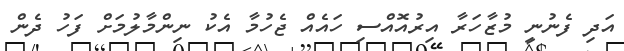
އަދި ފެނުނީ މުޒާހަރާ އިރުއޮއްސި ހައެއް ޖެހުމާ އެކު ނިންމާލުމަށް ފަހު ދެން